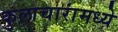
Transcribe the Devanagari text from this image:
कुलाचारांमध्ये